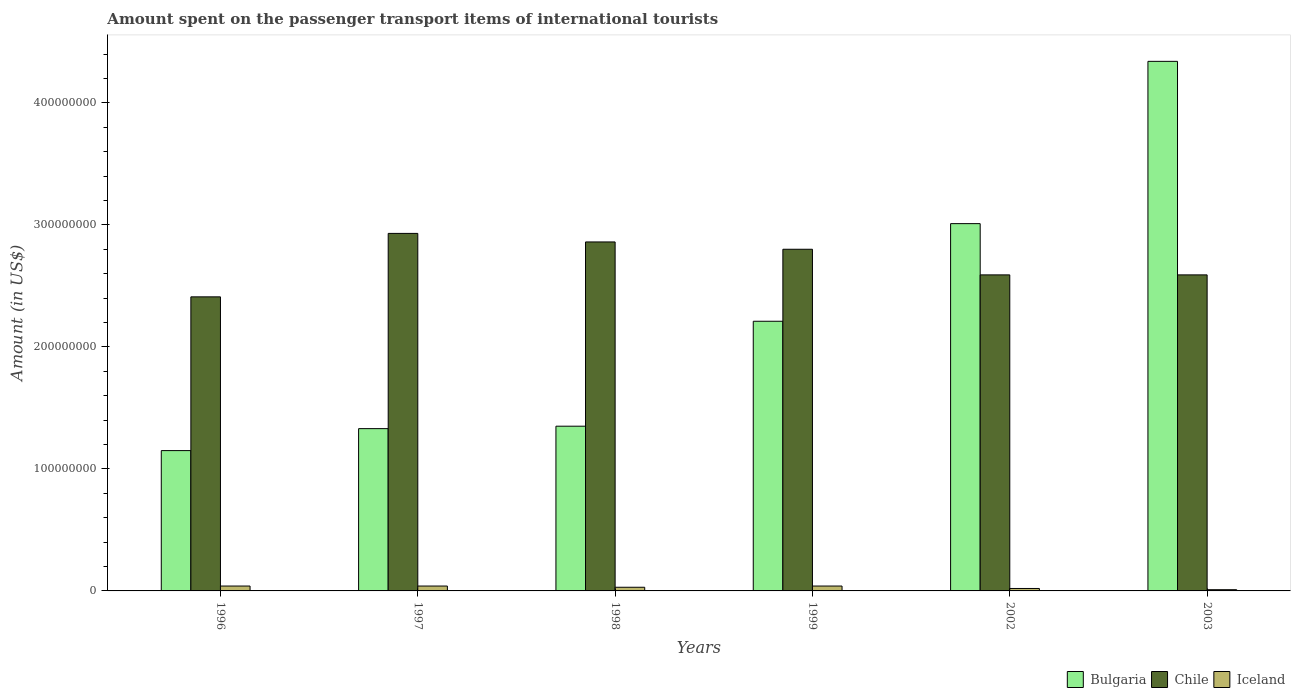
| Years | Bulgaria | Chile | Iceland |
 | --- | --- | --- | --- |
 | 1996 | 1.15e+08 | 2.41e+08 | 4e+06 |
 | 1997 | 1.33e+08 | 2.93e+08 | 4e+06 |
 | 1998 | 1.35e+08 | 2.86e+08 | 3e+06 |
 | 1999 | 2.21e+08 | 2.8e+08 | 4e+06 |
 | 2002 | 3.01e+08 | 2.59e+08 | 2e+06 |
 | 2003 | 4.34e+08 | 2.59e+08 | 1e+06 |